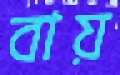
বায়